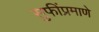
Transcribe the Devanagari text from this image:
सुफींप्रमाणे